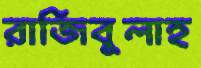
রাজিবুলাহ